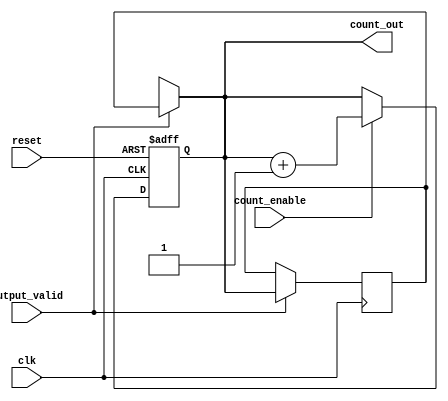
module sync_counter #(
    parameter N = 4                     // Parameter to define bit-width of the counter (4-bit by default)
) (
    input wire clk,                     // Clock input
    input wire reset,                   // Asynchronous reset input
    input wire count_enable,            // Count enable signal
    input wire output_valid,            // Signal to control output validity
    output reg [N-1:0] count_out        // Output for the current count value
);

    // Synchronous process for the counter
    always @(posedge clk or posedge reset) begin
        if (reset) begin
            // Asynchronous reset
            count_out <= {N{1'b0}};      // Set the count to zero
        end else if (count_enable) begin
            count_out <= count_out + 1;  // Increment count if enabled
        end
    end

    // Output control logic: valid output only when output_valid is asserted
    reg [N-1:0] count_buffer;

    always @(posedge clk) begin
        if (output_valid) begin
            count_buffer <= count_out;     // Latch current count to output buffer
        end
    end

    // Assign the output to the buffered count value
    assign count_out = output_valid ? count_buffer : {N{1'bx}}; // Output count or unknown if not valid

endmodule